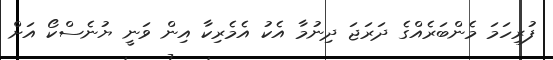
ފުރިހަމަ މެންބަރެއްގެ ދަރަޖަ ދިނުމާ އެކު އެމެރިކާ އިން ވަނީ ޔުނެސްކޯ އަށް